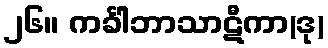
၂၆။ ကင်္ခါဘာသာဋီကာ(ဒု)